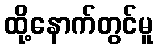
ထို့နောက်တွင်မူ